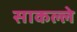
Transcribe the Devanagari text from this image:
साकल्ले